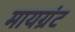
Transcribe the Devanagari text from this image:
मायग्रंट